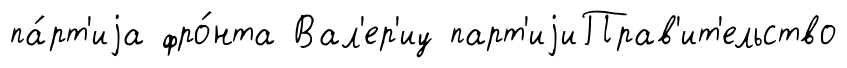
па́рт'иjа фро́нта Вал'ер'иу парт'иjиПрав'ит'ельство